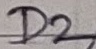
Text: D2